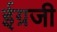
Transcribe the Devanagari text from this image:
ईग्रजी